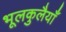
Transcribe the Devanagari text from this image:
भूलकुलैयाँ